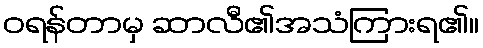
ဝရန်တာမှ ဆာလီ၏အသံကြားရ၏။